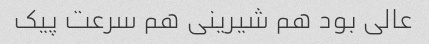
عالی بود هم شیرینی هم سرعت پیک